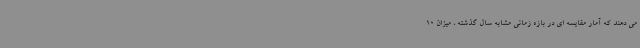
می دهند که آمار مقایسه ای در بازه زمانی مشابه سال گذشته ، میزان 10